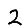
Digit: 2